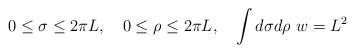
LaTeX: \begin{align*}0 \le \sigma \le 2\pi L, \quad 0\le \rho\le 2\pi L ,\quad \int d\sigma d\rho\, \, w=L^2\end{align*}